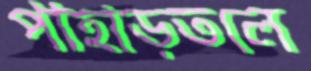
পাহাড়তলে